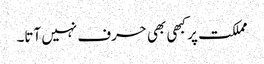
مملکت پر کبھی بھی حرف نہیں آتا۔